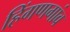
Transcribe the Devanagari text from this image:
हिंगणगांव